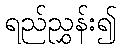
ရည်ညွှန်း၍